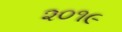
૨૦૧૯